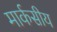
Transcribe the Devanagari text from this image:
मार्कसीय